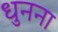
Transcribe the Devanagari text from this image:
धुनना